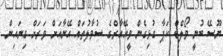
ޔޫސޭ ބުނީ ވޯލްޑް ކަޕާ ގުޅިގެން ވީއޭއާރްގެ ސުވާލުތައް އޭނާއަށް ވަރަށް ގިނައިން